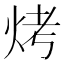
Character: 烤